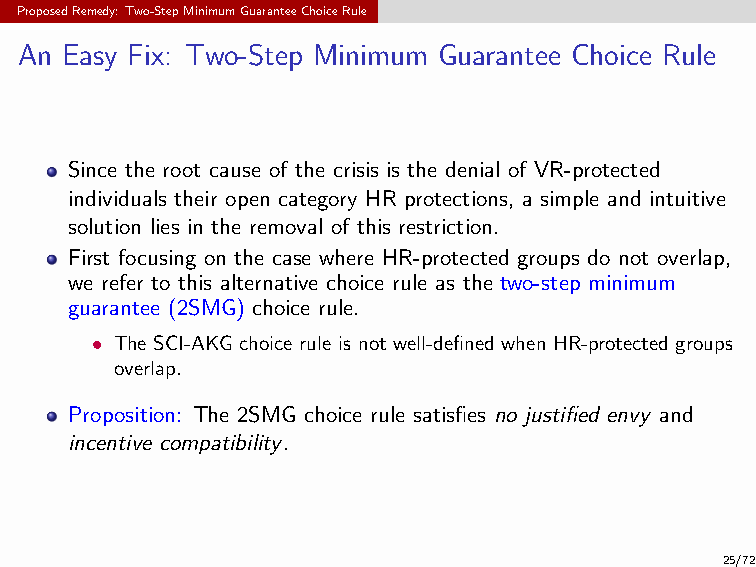
ProposedRemedy:Two-StepMinimumGuaranteeChoiceRule
 An Easy Fix: Two-Step Minimum Guarantee Choice Rule
 Since the root cause of the crisis is the denial of VR-protected
 individuals their open category HR protections, a simple and intuitive
 solution lies in the removal of this restriction.
 First focusing on the case where HR-protected groups do not overlap,
 we refer to this alternative choice rule as the two-step minimum
 guarantee (2SMG) choice rule.
 • The SCI-AKG choice rule is not well-defined when HR-protected groups
 overlap.
 Proposition: The 2SMG choice rule satisfies no justified envy and
 incentive compatibility.
 25/72